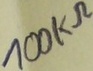
Text: 100KΩ